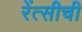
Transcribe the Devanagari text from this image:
रेंत्सीची